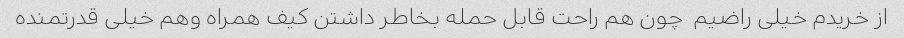
از خریدم خیلی راضیم  چون هم راحت قابل حمله بخاطر داشتن کیف همراه وهم خیلی قدرتمنده